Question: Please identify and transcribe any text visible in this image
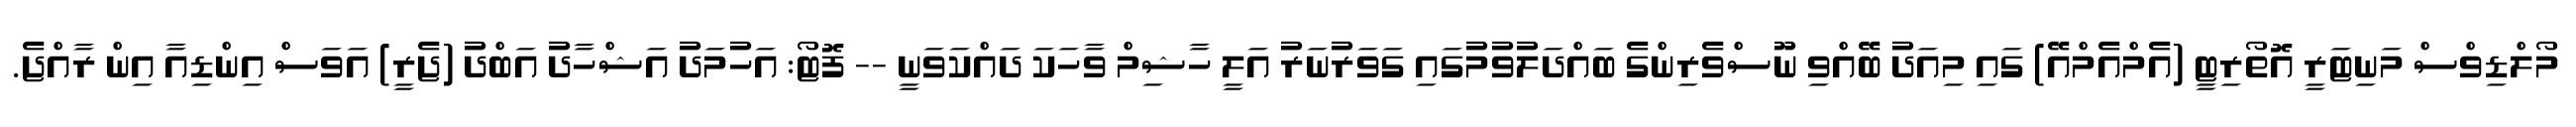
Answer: މޯލްޑިވްސް މަނިޓަރީ އޮތޯރިޓީ (އެމްއެމްއޭ) ގައި މިއަދު ބޭއްވި ނޫސްވެރިންގެ ބައްދަލުވުމުގައި ގަވަރުނަރު އަލީ ހާޝިމް ވާހަކަ ދައްކަވަނީ -- ފޮޓޯ: އަހުމަދު އަޝްހާދު އަބްދު (ޖެރީ) އަވަސް އިންޑިއާ އިން ރާއްޖެ.